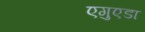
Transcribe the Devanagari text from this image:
एगुएडा